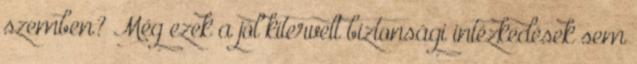
szemben? Még ezek a jól kitervelt biztonsági intézkedések sem